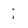
Character: i